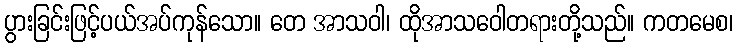
ပွားခြင်းဖြင့်ပယ်အပ်ကုန်သော။ တေ အာသဝါ၊ ထိုအာသဝေါတရားတို့သည်။ ကတမေစ၊